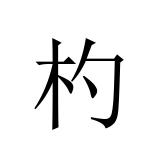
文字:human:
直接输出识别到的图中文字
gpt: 杓